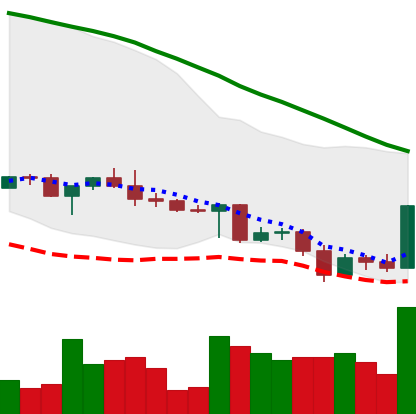
Ticker: ADA-USD
Chart end date: 2022-05-04
Forward return: -31.981%
Label: down_7plus